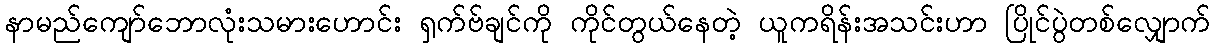
နာမည်ကျော်ဘောလုံးသမားဟောင်း ရှက်ဗ်ချင်ကို ကိုင်တွယ်နေတဲ့ ယူကရိန်းအသင်းဟာ ပြိုင်ပွဲတစ်လျှောက်